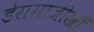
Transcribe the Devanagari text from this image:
डेरागाजीखाँ